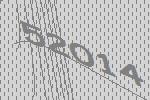
52014